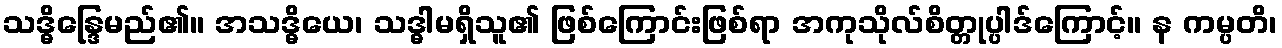
သဒ္ဓိန္ဒြေမည်၏။ အသဒ္ဓိယေ၊ သဒ္ဓါမရှိသူ၏ ဖြစ်ကြောင်းဖြစ်ရာ အကုသိုလ်စိတ္တုပ္ပါဒ်ကြောင့်။ န ကမ္ပတိ၊